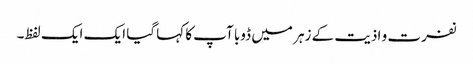
نفرت و اذیت کے زہر میں ڈوبا آپ کا کہا گیا ایک ایک لفظ۔